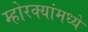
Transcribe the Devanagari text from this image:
म्होरक्यांमध्ये